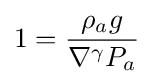
1={\frac {\rho _{a}g}{\nabla ^{\gamma }P_{a}}}